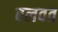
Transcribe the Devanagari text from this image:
बलवत